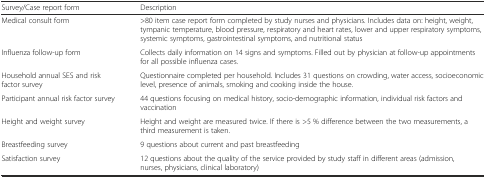
<table><thead><tr><td><b>Survey/Case report form</b></td><td><b>Description</b></td></tr></thead><tbody><tr><td>Medical consult form</td><td>&gt;80 item case report form completed by study nurses and physicians. Includes data on: height, weight, tympanic temperature, blood pressure, respiratory and heart rates, lower and upper respiratory symptoms, systemic symptoms, gastrointestinal symptoms, and nutritional status</td></tr><tr><td>Influenza follow-up form</td><td>Collects daily information on 14 signs and symptoms. Filled out by physician at follow-up appointments for all possible influenza cases.</td></tr><tr><td>Household annual SES and risk factor survey</td><td>Questionnaire completed per household. Includes 31 questions on crowding, water access, socioeconomic level, presence of animals, smoking and cooking inside the house.</td></tr><tr><td>Participant annual risk factor survey</td><td>44 questions focusing on medical history, socio-demographic information, individual risk factors and vaccination</td></tr><tr><td>Height and weight survey</td><td>Height and weight are measured twice. If there is &gt;5 % difference between the two measurements, a third measurement is taken.</td></tr><tr><td>Breastfeeding survey</td><td>9 questions about current and past breastfeeding</td></tr><tr><td>Satisfaction survey</td><td>12 questions about the quality of the service provided by study staff in different areas (admission, nurses, physicians, clinical laboratory)</td></tr></tbody></table>